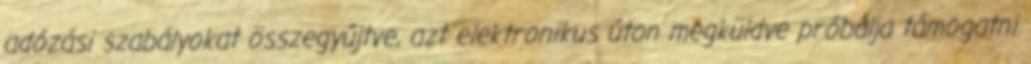
adózási szabályokat összegyűjtve, azt elektronikus úton megküldve próbálja támogatni